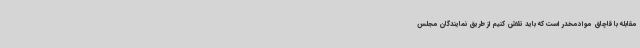
مقابله با قاچاق موادمخدر است که باید تلاش کنیم از طریق نمایندگان مجلس